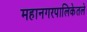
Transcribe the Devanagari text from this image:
महानगरपालिकेतले